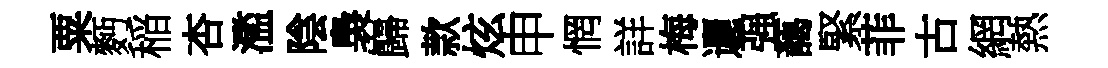
粟麪稲杏濫陰裊巋款炫申惘詳梅邐强藹緊菲古網熱